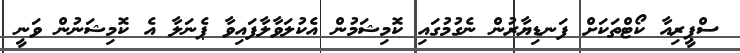
ސްޕީރިއާ ކޯޓްތަކަށް ފަނޑިޔާރުން ނެގުމުގައި ކޮމިޝަމުން އެކުލަވާލާފައިވާ ޕެނަލާ އެ ކޮމިޝަނުން ވަނީ